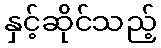
နှင့်ဆိုင်သည့်